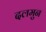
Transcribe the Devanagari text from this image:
दलमुन